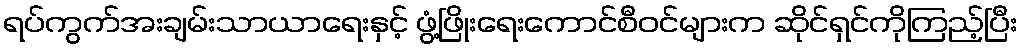
ရပ်ကွက်အးချမ်းသာယာရေးနှင့် ဖွံ့ဖြိုးရေးကောင်စီဝင်များက ဆိုင်ရှင်ကိုကြည့်ပြီး